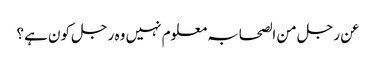
عن رجل من الصحابہ معلوم نہیں وہ رجل کون ہے؟